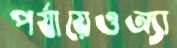
পর্যায়েওঅ্যা